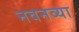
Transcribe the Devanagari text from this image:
नवनव्‍या